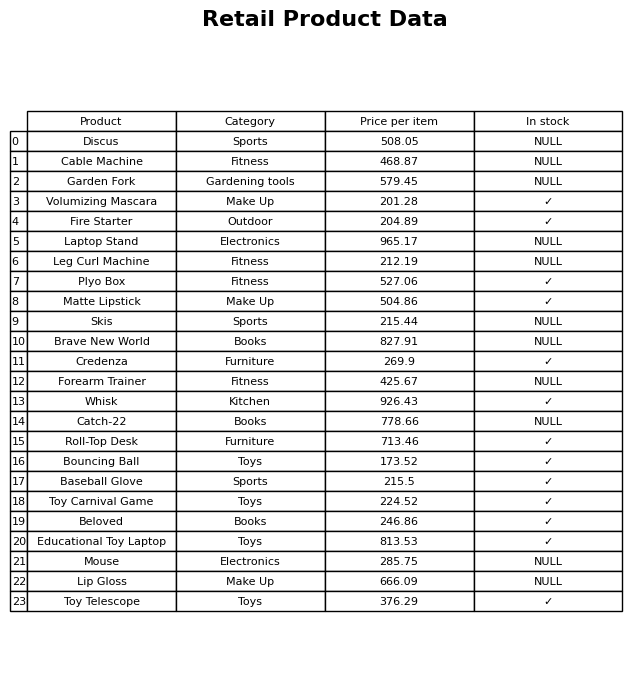
question: What is the price for Roll-Top Desk?
answer: The price of Roll-Top Desk is 713.46.